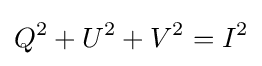
Q^{2}+U^{2}+V^{2}=I^{2}